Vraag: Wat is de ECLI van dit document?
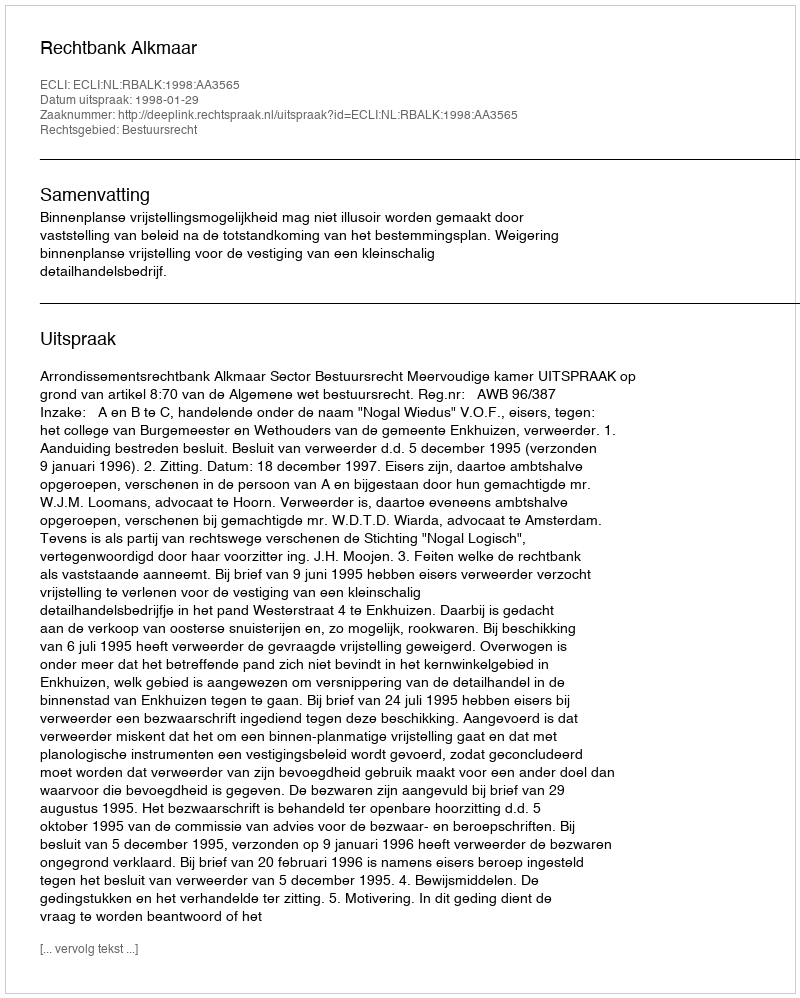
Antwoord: ECLI:NL:RBALK:1998:AA3565